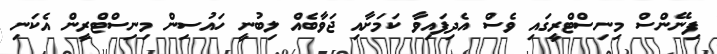
ފިނޭންސް މިނިސްޓްރީގައި ވެސް އެދިފައިވާ ކަމަށާއި ޖަވާބެއް ލިބުނީ ހައުސިން މިނިސްޓްރީން އެކަނި